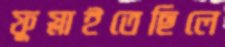
ফুস্‌লাইতেছিলে